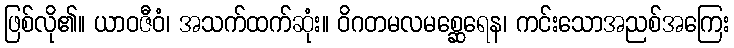
ဖြစ်လို၏။ ယာဝဇီဝံ၊ အသက်ထက်ဆုံး။ ဝိဂတမလမစ္ဆေရေန၊ ကင်းသောအညစ်အကြေး